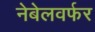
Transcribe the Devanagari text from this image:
नेबेलवर्फर